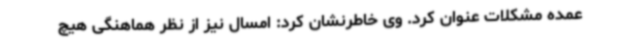
عمده مشکلات عنوان کرد. وی خاطرنشان کرد: امسال نیز از نظر هماهنگی هیچ